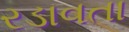
રડાવતા